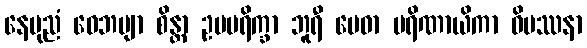
နေပုညံ ဝေဘဗျာ စိန္တာ ဥပပရိက္ခာ ဘူရီ မေဓာ ပရိဏာယိကာ ဝိပဿနာ